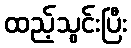
ထည့်သွင်းပြီး